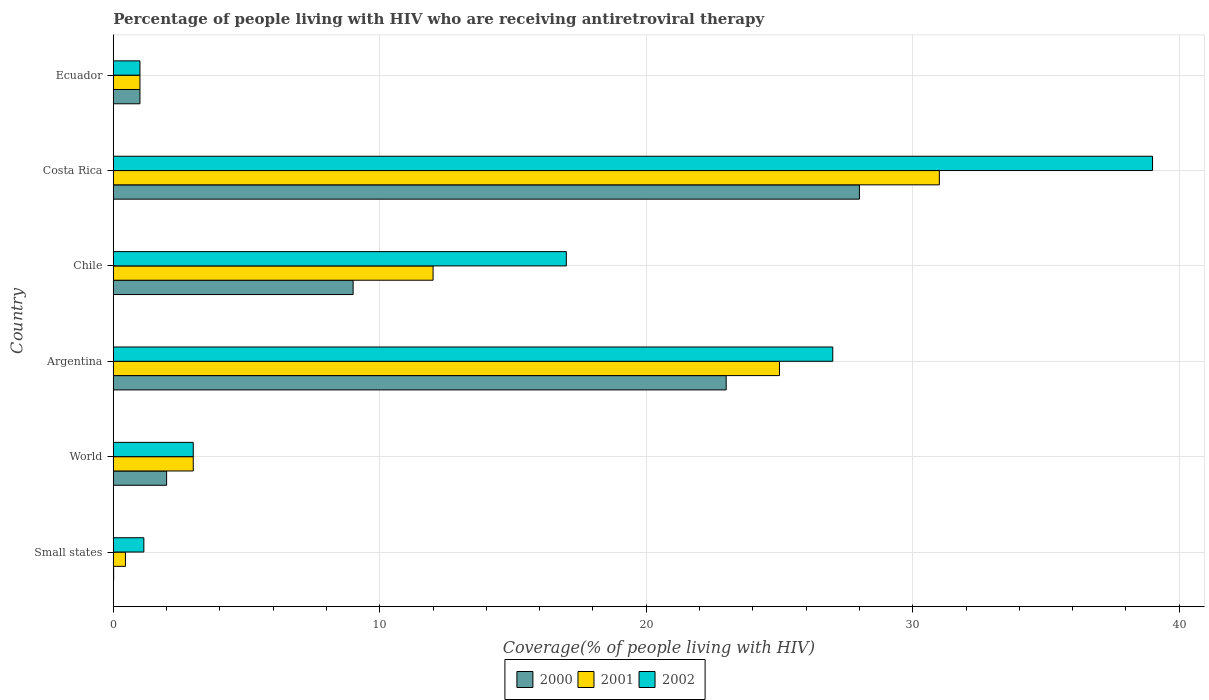
| Country | 2000 | 2001 | 2002 |
 | --- | --- | --- | --- |
 | Small states | 0.0124 | 0.455 | 1.15 |
 | World | 2 | 3 | 3 |
 | Argentina | 23 | 25 | 27 |
 | Chile | 9 | 12 | 17 |
 | Costa Rica | 28 | 31 | 39 |
 | Ecuador | 1 | 1 | 1 |